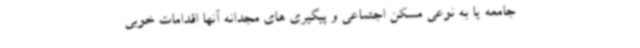
جامعه یا به نوعی مسکن اجتماعی و پیگیری های مجدانه آنها اقدامات خوبی